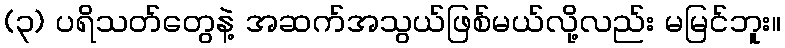
(၃) ပရိသတ်တွေနဲ့ အဆက်အသွယ်ဖြစ်မယ်လို့လည်း မမြင်ဘူး။